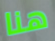
هنا